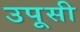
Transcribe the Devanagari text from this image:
उपूसी